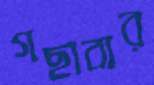
গছাবার